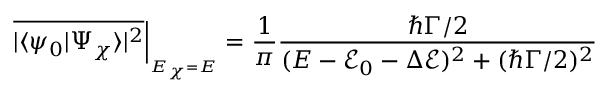
\overline { { | \langle \psi _ { 0 } | \Psi _ { \chi } \rangle | ^ { 2 } } } \Big | _ { _ { E _ { \chi } = E } } = \frac { 1 } { \pi } \frac { \hbar \Gamma / 2 } { ( E - \mathcal { E } _ { 0 } - \Delta \mathcal { E } ) ^ { 2 } + ( \hbar \Gamma / 2 ) ^ { 2 } }